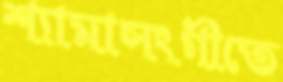
শ্যামাসংগীতে